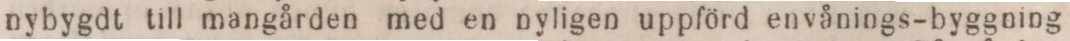
nybygdt till mangården med en nyligen uppförd envånings-byggning